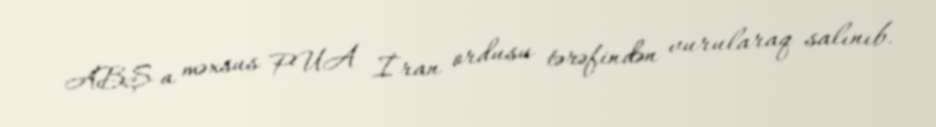
ABŞ-a məxsus PUA İran ordusu tərəfindən vurularaq salınıb.